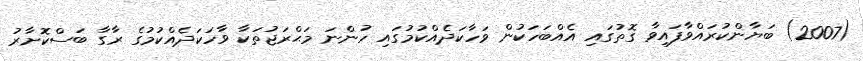
(2007) ބަޔާންކުރައްވާފައިވާ ގޮތުގައި އެއްބަހަކުން ވަހާކަދެއްކުމުގައި ހުންނަ މަޙްރަޖުތަކާ ވާހަކަދެއްކުމުގެ ރާގާ ބަސްކޮށާރު